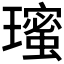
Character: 𭺋